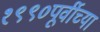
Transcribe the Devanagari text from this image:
१९९०पूर्वीच्या